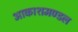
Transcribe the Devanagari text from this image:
आकाशमण्डल